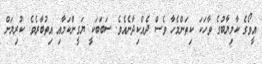
އީވޯގެ ކާމިޔާބުގެ ވާހަކަ ކިތަންމެހާ ވެސް ދެއްކިދާނެއެވެ. ސަބަބަކީ ޔަގީންކަމާއި އިތުބާރެވެ. ކުރިޔަށް